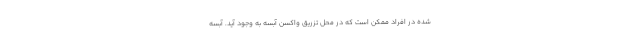
شده در افراد ممکن است که در محل تزریق واکسن آبسه به وجود آید. آبسه